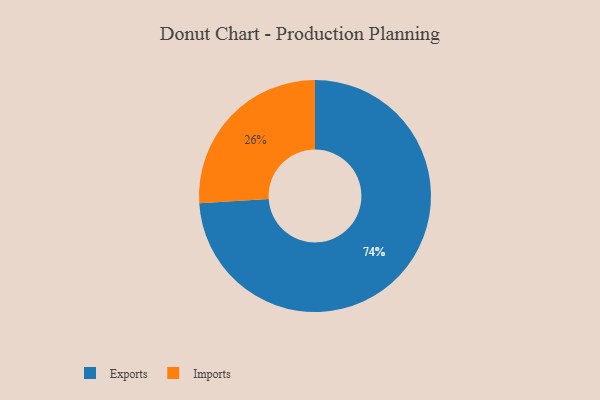
{"axis": {"x": "Category", "y": "Percentage"}, "legend": ["Exports", "Imports"], "data": [{"x": "Imports", "y": 26, "type": "Imports"}, {"x": "Exports", "y": 74, "type": "Exports"}]}